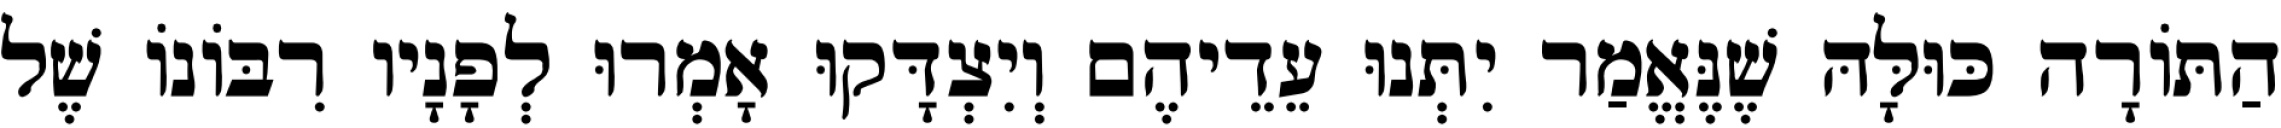
הַתּוֹרָה כּוּלָּהּ שֶׁנֶּאֱמַר יִתְּנוּ עֵדֵיהֶם וְיִצְדָּקוּ אָמְרוּ לְפָנָיו רִבּוֹנוֹ שֶׁל